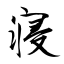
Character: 寝